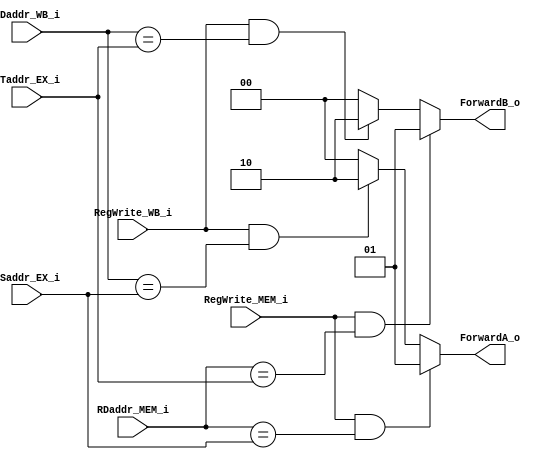
module EX_ForwardingUnit(RegWrite_MEM_i, RDaddr_MEM_i, RSaddr_EX_i, RTaddr_EX_i, 
                         RegWrite_WB_i, RDaddr_WB_i,
                         ForwardA_o, ForwardB_o);

input RegWrite_MEM_i, RegWrite_WB_i;
input [2:0] RDaddr_MEM_i, RSaddr_EX_i, RTaddr_EX_i, RDaddr_WB_i;

output reg [1:0] ForwardA_o, ForwardB_o;

always@(*)
    if(RegWrite_MEM_i && RDaddr_MEM_i == RSaddr_EX_i)
        ForwardA_o = 2'b01;
    else if(RegWrite_WB_i && RDaddr_WB_i == RSaddr_EX_i)
        ForwardA_o = 2'b10;
    else
        ForwardA_o = 2'b00;
 
 always@(*)
    if(RegWrite_MEM_i && RDaddr_MEM_i == RTaddr_EX_i)
        ForwardB_o = 2'b01;
    else if(RegWrite_WB_i && RDaddr_WB_i == RTaddr_EX_i)
        ForwardB_o = 2'b10;
    else
        ForwardB_o = 2'b00;   

endmodule